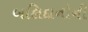
બલિદાનોની